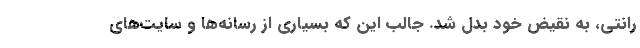
رانتی، به نقیض خود بدل شد. جالب این که بسیاری از رسانه‌ها و سایت‌های